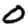
Digit: 0